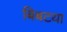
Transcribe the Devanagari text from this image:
बिबटया